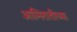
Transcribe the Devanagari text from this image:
आमिरातीच्या